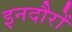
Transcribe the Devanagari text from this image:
इनदौरों